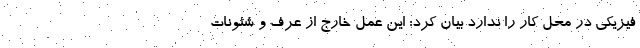
فیزیکی در محل کار را ندارد بیان کرد: این عمل خارج از عرف و شئونات